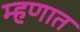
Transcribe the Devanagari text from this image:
म्हणात